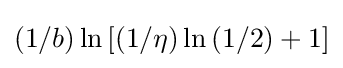
\left(1/b\right)\ln \left[\left(1/\eta \right)\ln \left(1/2\right)+1\right]